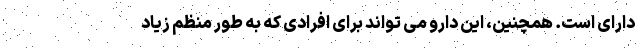
دارای است. همچنین، این دارو می تواند برای افرادی که به طور منظم زیاد